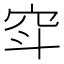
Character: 𱶲